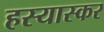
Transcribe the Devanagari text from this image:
हस्यास्कर